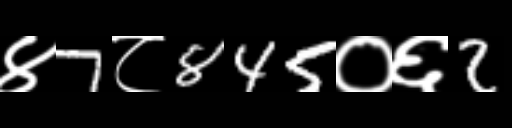
Text: ४7८845०६2